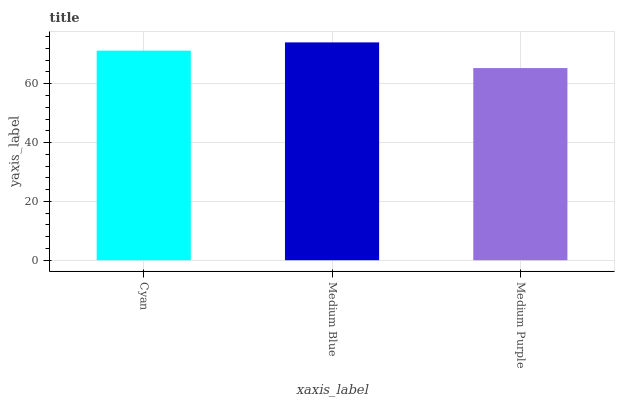
| xaxis_label | bars |
 | --- | --- |
 | Cyan | 71.2 |
 | Medium Blue | 74 |
 | Medium Purple | 65.3 |